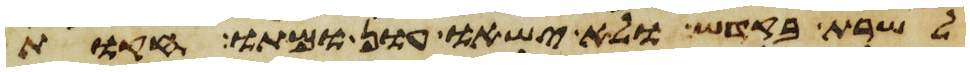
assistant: לשרת בקדש ולא ישאו עון ומתו חקות